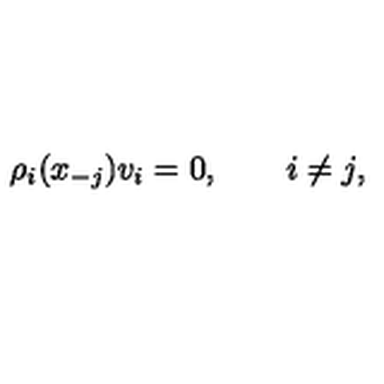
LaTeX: \rho _ { i } ( x _ { - j } ) v _ { i } = 0 , \qquad i \ne j ,